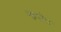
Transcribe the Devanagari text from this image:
नायरेन